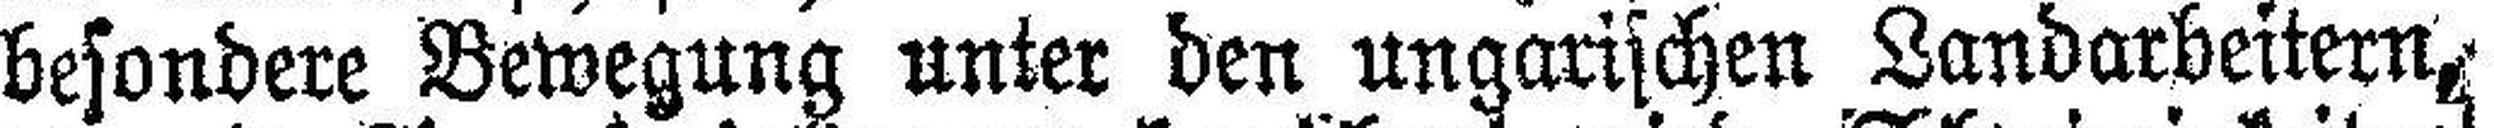
besondere Bewegung unter den ungarischen Landarbeitern,